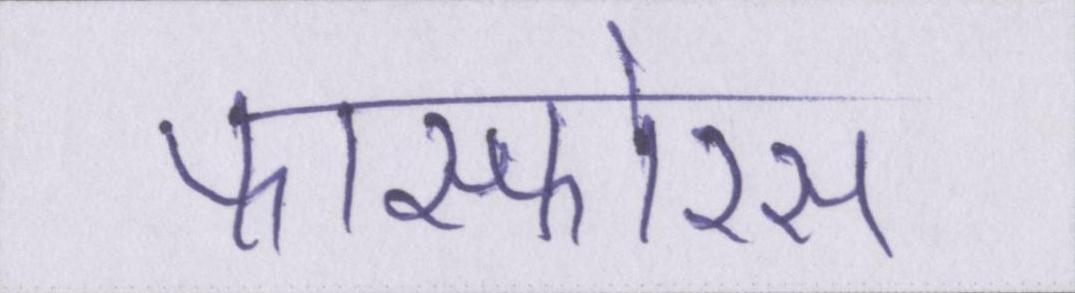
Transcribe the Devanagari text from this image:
फास्फोरस